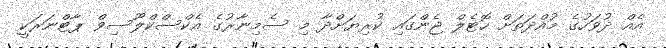
އެއް ދުވަހުގެ މުއްދަތަށް ހޮޓެލް ޖެންގައި ކުރިޔަށްދާ މި ސެމިނާރުގެ އެކްސްކްލޫސިވް ޕާޓްނަރަކީ